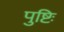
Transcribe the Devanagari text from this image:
पुष्टिः